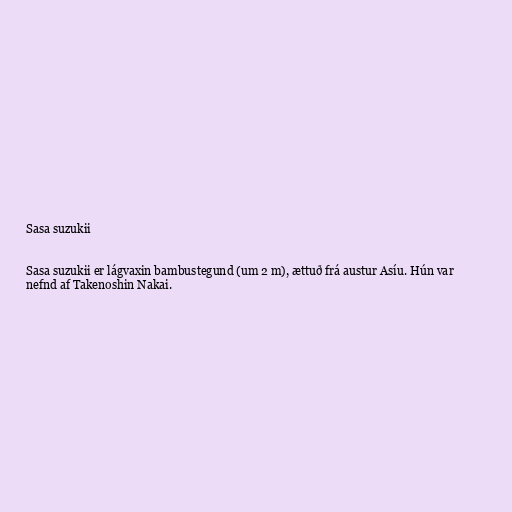
Sasa suzukii

Sasa suzukii er lágvaxin bambustegund (um 2 m), ættuð frá austur Asíu. Hún var
nefnd af Takenoshin Nakai.